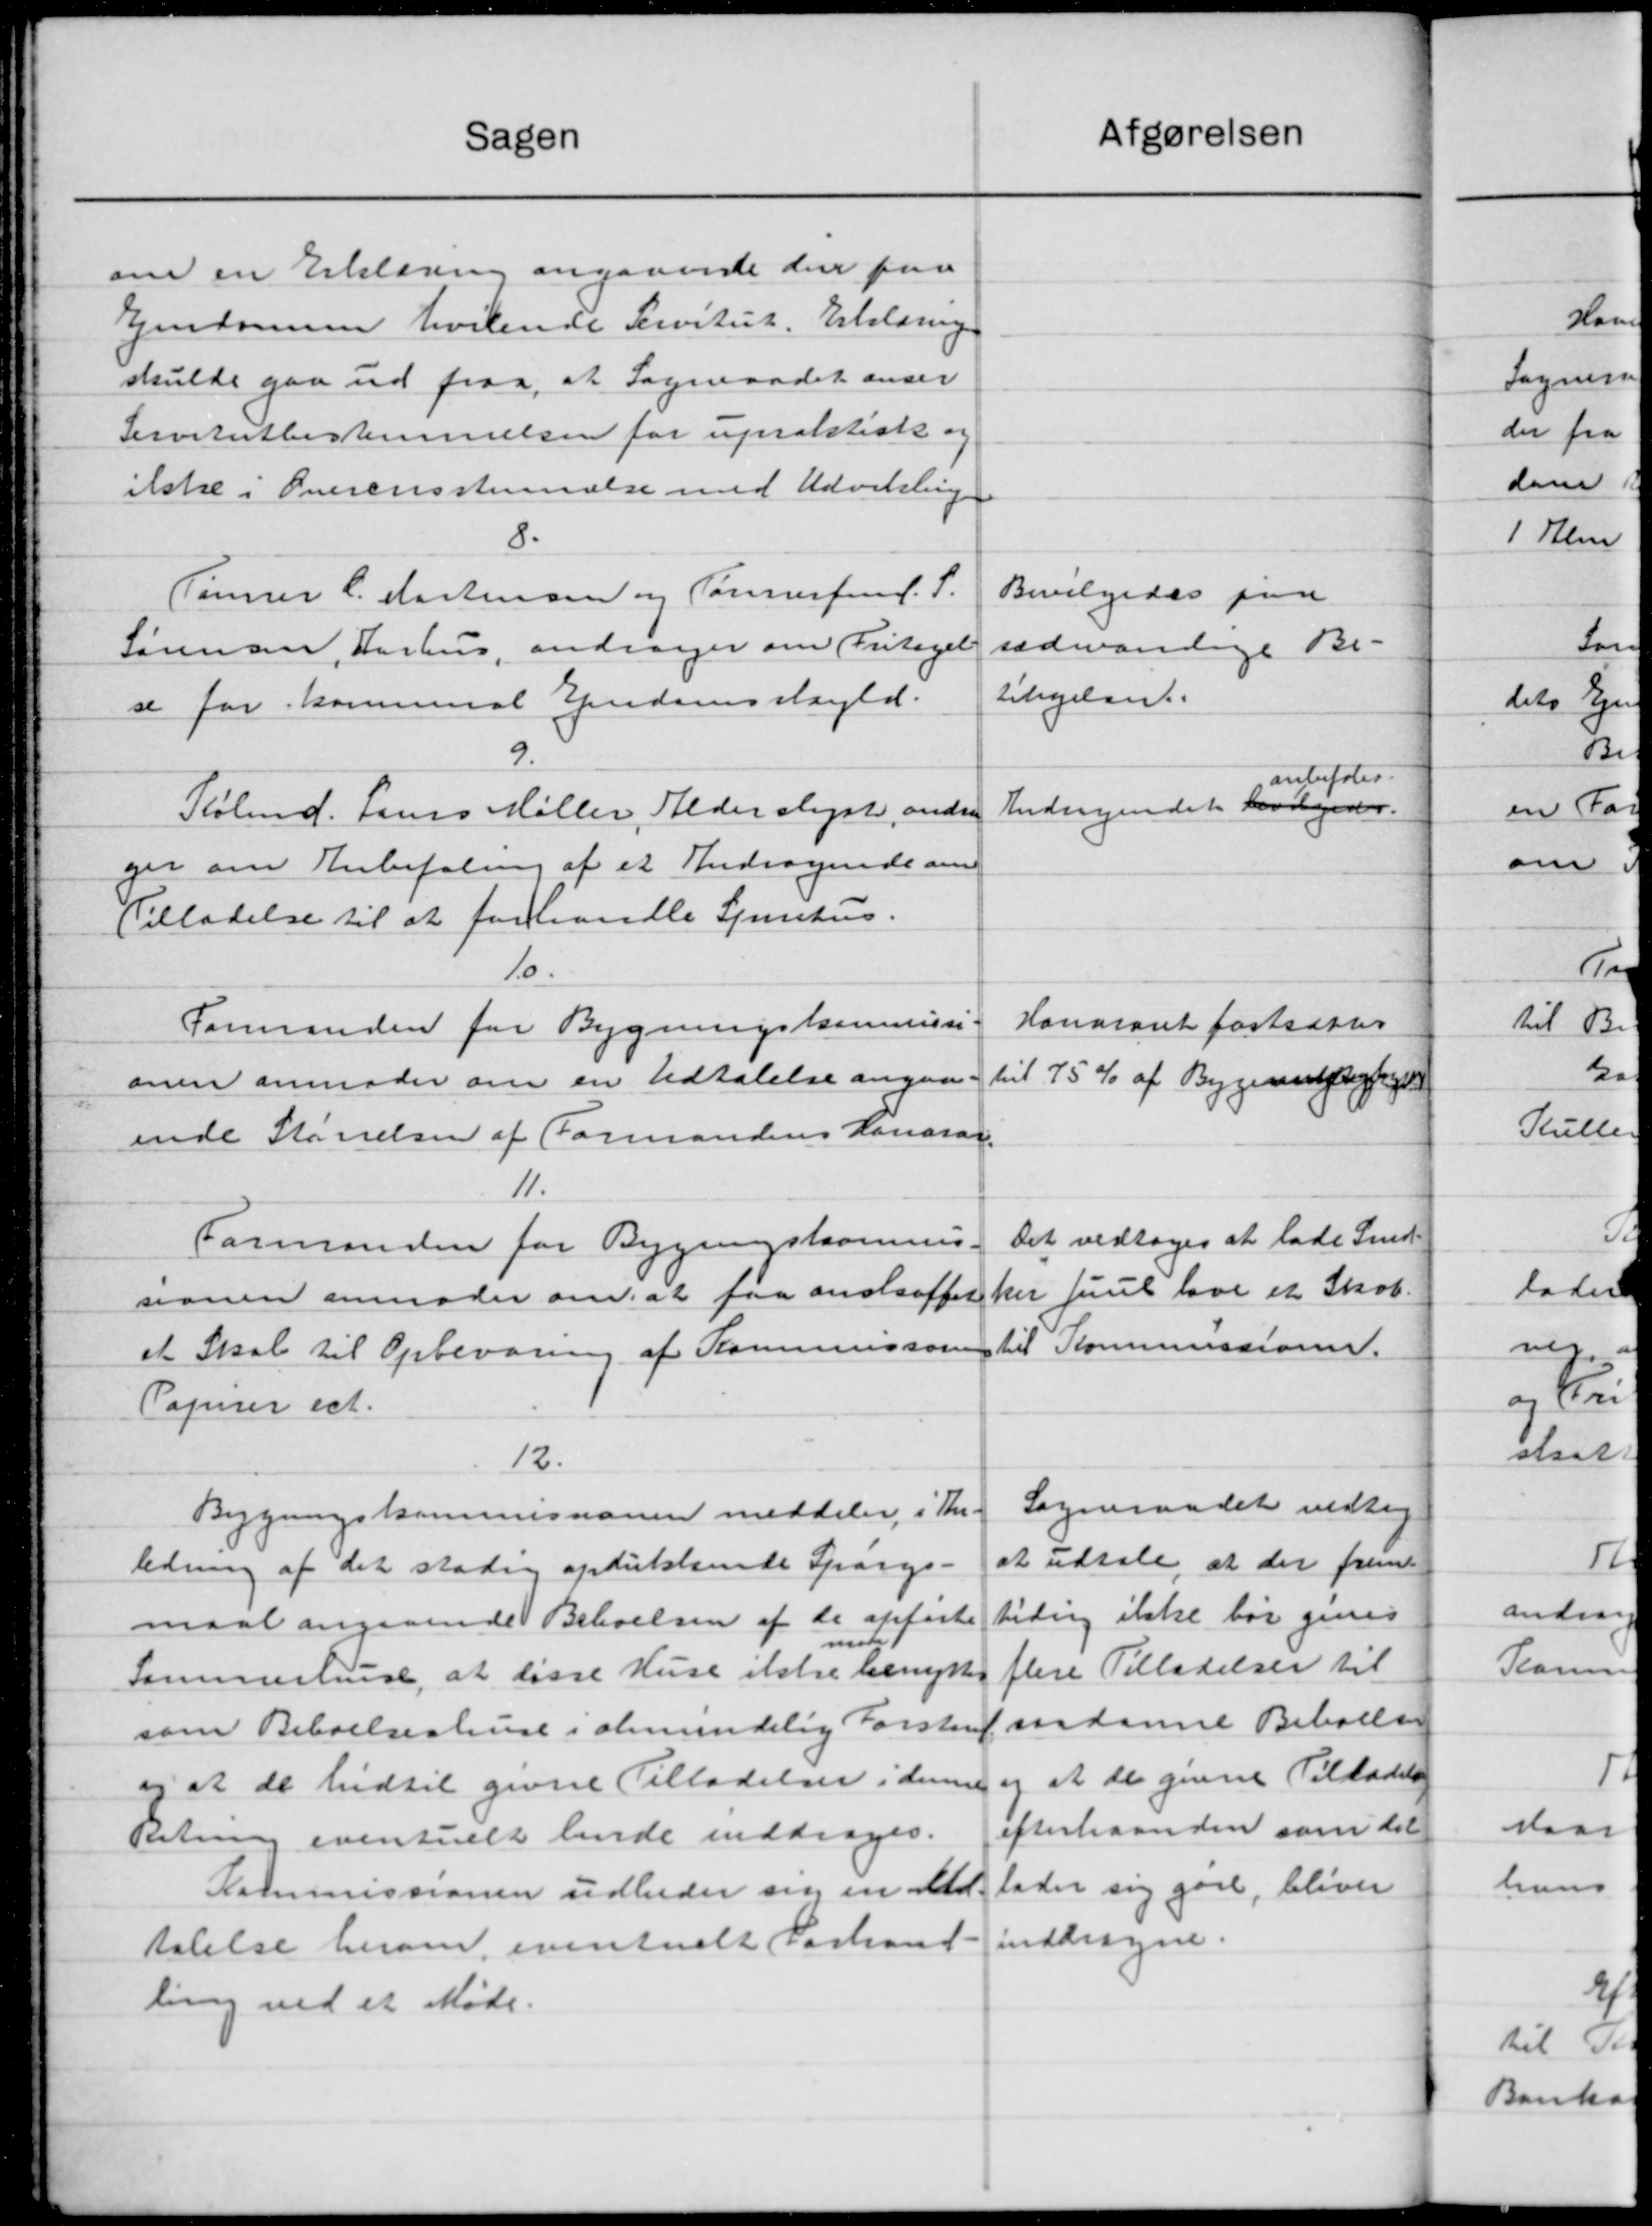
Transskription:
Sagen
om en Erklæring angaaende den faa
Ejendommen hvilende Servitut. Erklæring
skulde gaa ud paa, at Sogneraadet anser
Servitutbestemmelsen for upratstisk og
ilske i Overensstemmelse med Udvikling
8.
Tømrer C. Mortensen og Tønnerford. P.
Sørensen, Aarhus, andrager om Fritagel
se for kommunal Ejendomsskyld.
9.
Købmd. Jens Møller, Alderslyst, andre
ger om Anbefaling af et Andragende om
Tilladelse til at forhandle Spiritus.
10.
Formanden for Bygningskommissi
onen anmoder om en Udtalelse angaa
ende Størrelsen af Formandens Honorar
11.
Formanden for Bygningskommis
sionen anmoder om at faa anskaffet
et Skat til Opbevaring af Kommunson
Papirer ect.
12.
Bygningskommissionen meddeler i Kr.
ledning af det stadig opdukkende Spørgs-
maal angaaende Beboelsen af de opførte
1
m
Sammerhus, at disse Huse ikke benytte
som Beboelseshuse i almindelig Forstrup
og at de hidtil givne Tilladelser i denne
sætning eventuelt hende inddrages.
Kommissionen udbeder sig en Med
talelse herom eventuelt Forhand
ling ved et Møde.